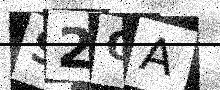
Text: S2OA